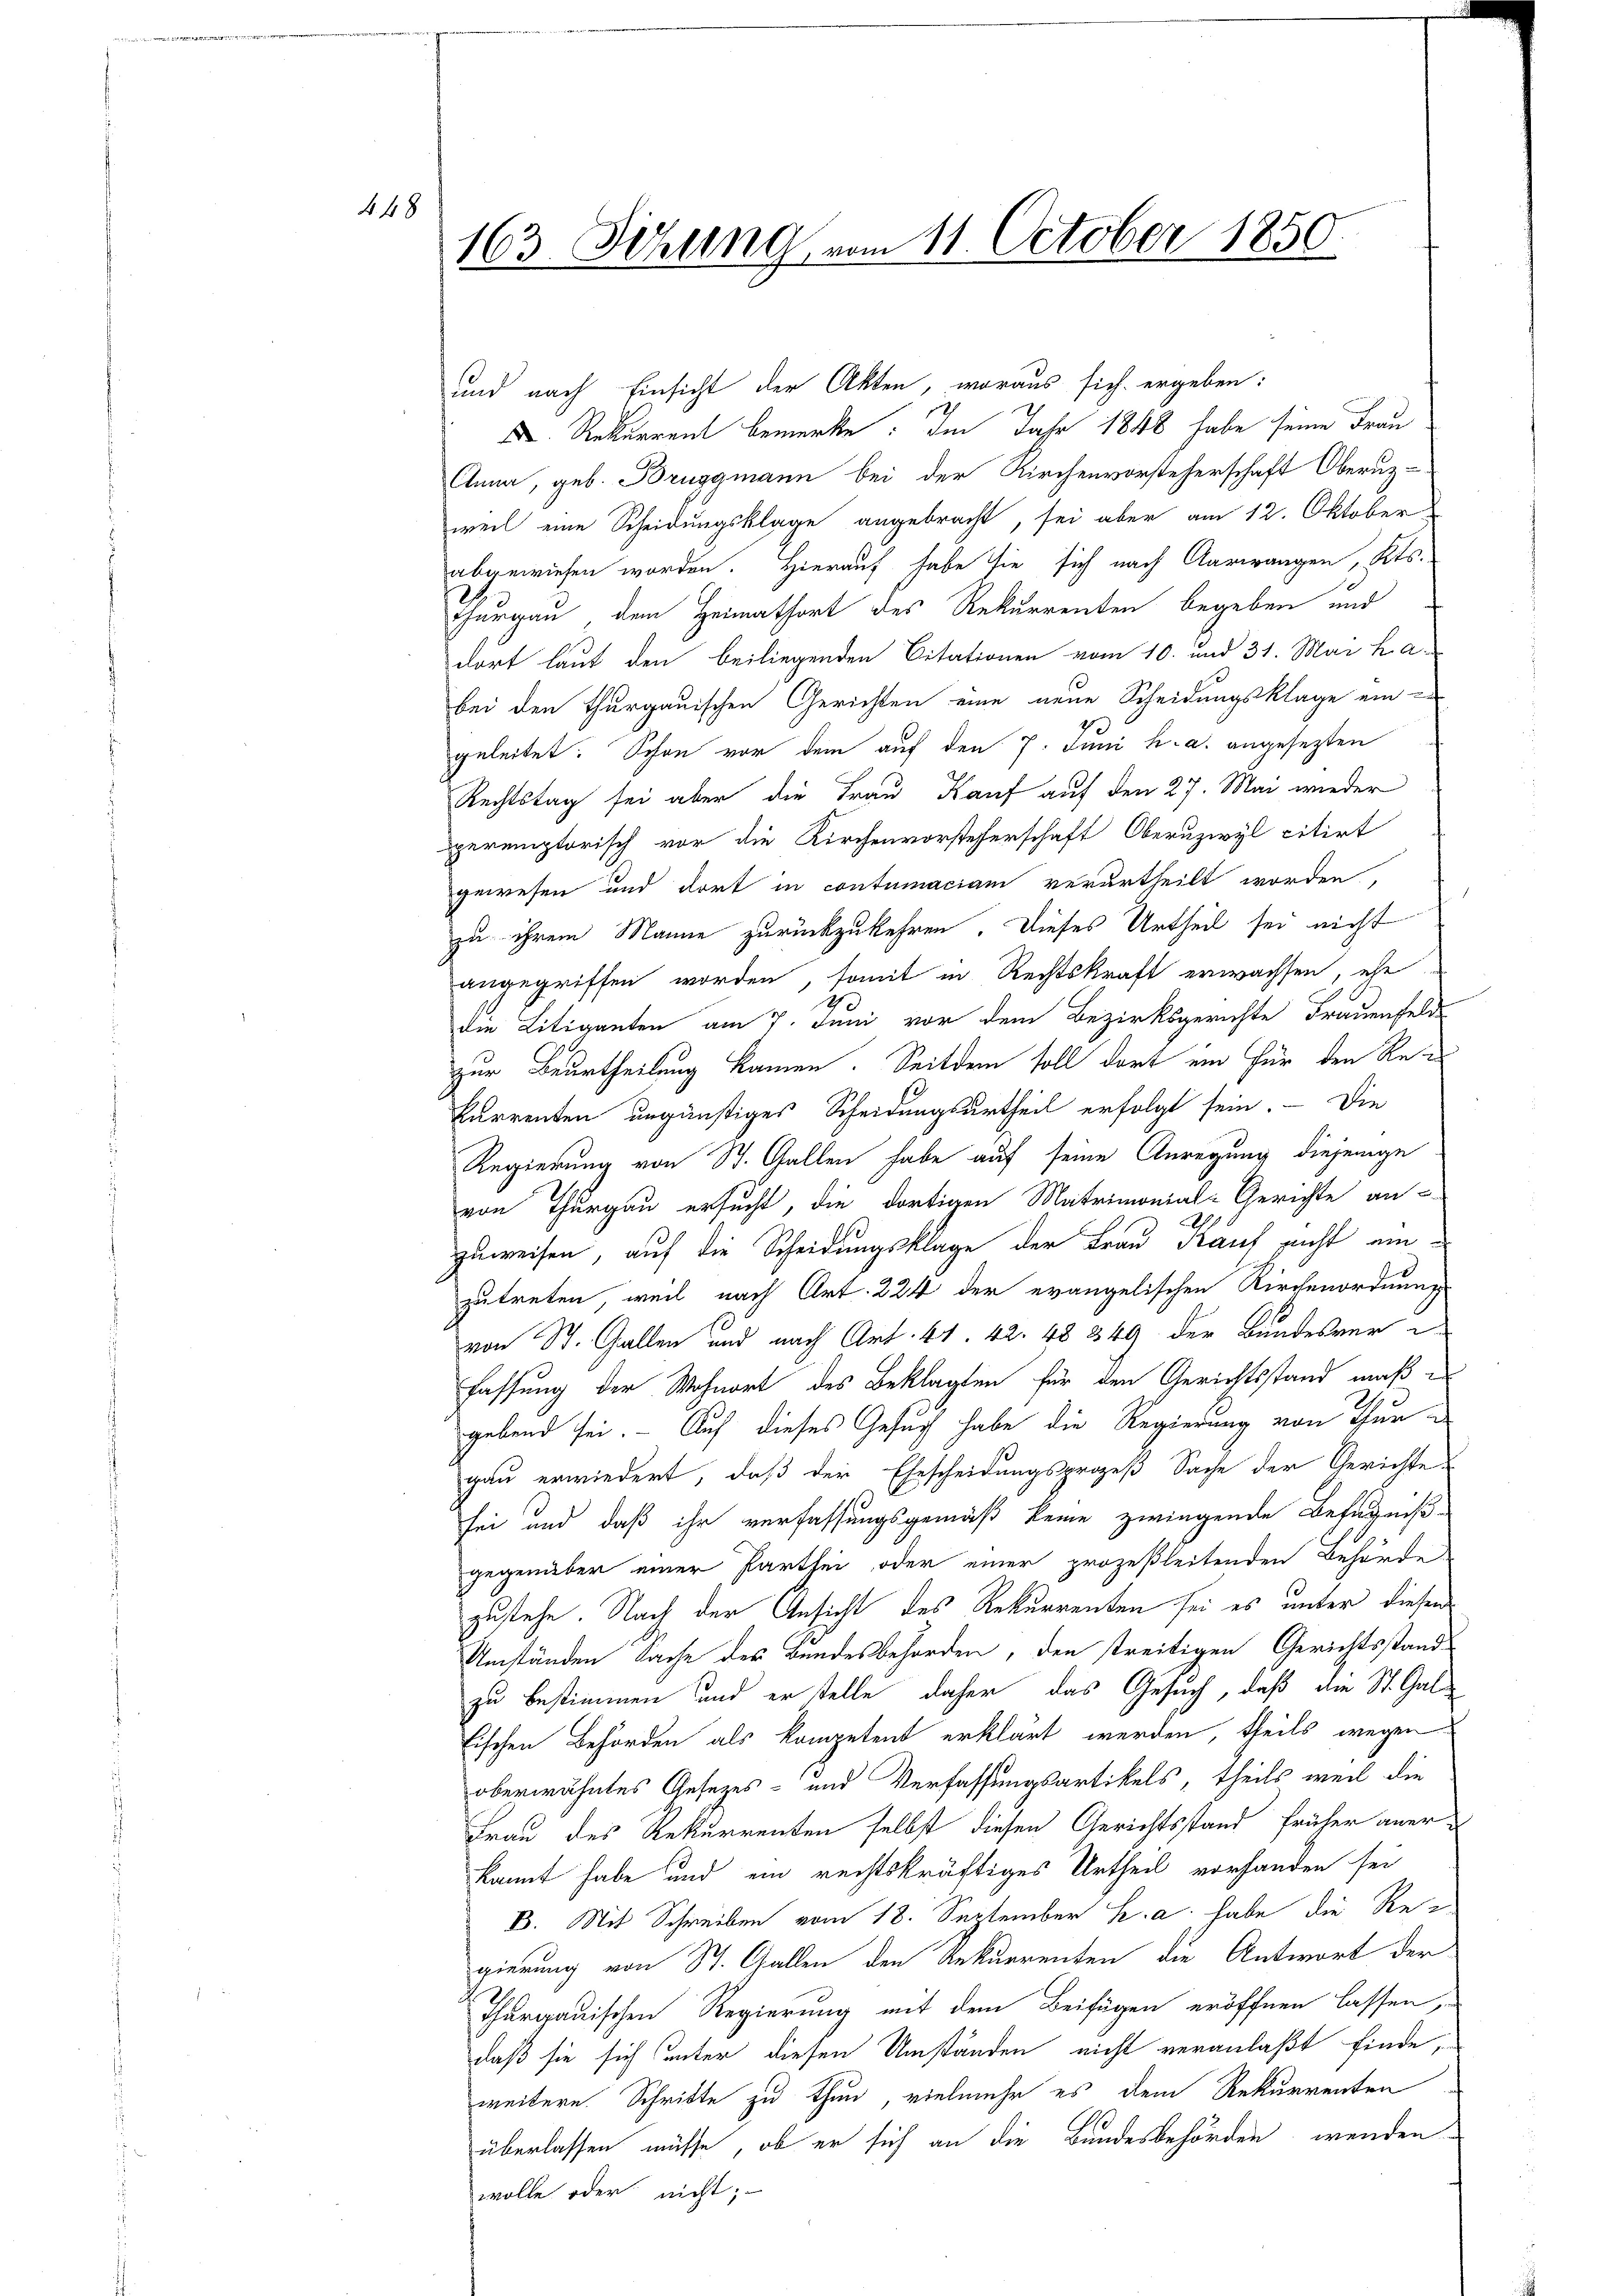
448

163. Miling vom 11. October 1850

Rekurrent bemerke: Im Jahr 1848 habe seine Frau
Anna, geb. Bruggmann bei der Kirchenvorsteherschaft Oberuz-
weil eine Scheidungsklage angebracht, sei aber am 12. Oktober
abgewiesen worden. Hierauf habe sie sich nach Aarwangen, Kts.
Thurgau, dem Heimathort des Rekurrenten begeben und
dort laut den beiliegenden Citationen vom 10. und 31. Mai h. a.
bei den Thurgauischen Gerichten eine neue Scheidungsklage ein
geleitet. Schon vor dem auf den 7. Juni h. a. angesezten
Rechtstag sei aber die Frau Kauf auf den 27. Mai wieder
peremptorisch vor die Kirchenvorsteherschaft Oberuzwyl citirt
gewesen und dort in contumaciam verurtheilt worden,
zu ihrem Manne zurückzukehren. Dieses Urtheil sei nicht
angegriffen worden, somit in Rechtskraft erwachsen, ehe
die Litiganten am 7. Juni vor dem Bezirksgerichte Frauenfeld
zur Beurtheilung kamen. Seitdem soll dort ein für den Rekurrenten ungünstiges Scheidungsurtheil erfolgt sein. - Die
Regierung von St. Gallen habe auf seine Anregung diejenige
von Thurgau ersucht, die dortigen Matrimonial-Gerichte an-
zuweisen, auf die Scheidungsklage der Frau Kauf recht einzutreten, weil nach Art. 224 der evangelischen Kirchenordnung
von St. Gallen und nach Art. 41. 42. 48 349 der Bundesverfassung der Wohnort des Beklagten für den Gerichtsstand muß e
gebend sei. Auf dieses Gesuch habe die Regierung von Thurgau erwiedert, daß der Ehescheidungsprozeß Sache der Gerichte
sei und daß ihr verfassungsgemäß keine zwingende Befugniß-
gegenüber einer Parthei oder einer prozeßleitenden Behörde
zustehe. Nach der Ansicht des Rekurrenten sei es unter diesen
Umständen Sache des Bundesbehörden, den treitigen Gerichtsstand
zu bestimmen und er stelle daher das Gesuch, daß die St. Gal
Fischen Behörden als kompetent erklärt werden, theils wegen
oberwähntes Gesezes- und Verfassungsartikels, theils weil die
Frau des Rekurrenten selbst diesen Gerichtsstand früher anerkannt habe und ein rechtskräftiges Urtheil vorhanden sei
B. Mit Schreiben vom 18. September K. a habe die Reigierung von St. Gallen den Rekurrenten die Antwort der
Thurgauischen Regierung mit dem Beifügen eröffnen lassen,
daß sie sich unter diesen Umständen nicht veranlaßt finde,
weitere Schritte zu thun, vielmehr es dem Rekurrenten
überlassen müsse, ob er sich an die Bundesbehörden wenden
wolle oder nicht;

und nach Einsicht der Akten, woraus sich ergeben: